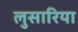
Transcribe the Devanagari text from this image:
लुसारिया